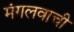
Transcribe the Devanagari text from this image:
मंगलवाची